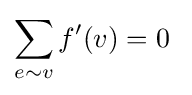
\sum _{e\sim v}f'(v)=0\